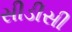
સીડીસી